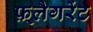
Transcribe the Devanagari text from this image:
फ़्लैगरेंट